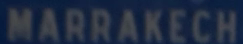
MARRAKECH